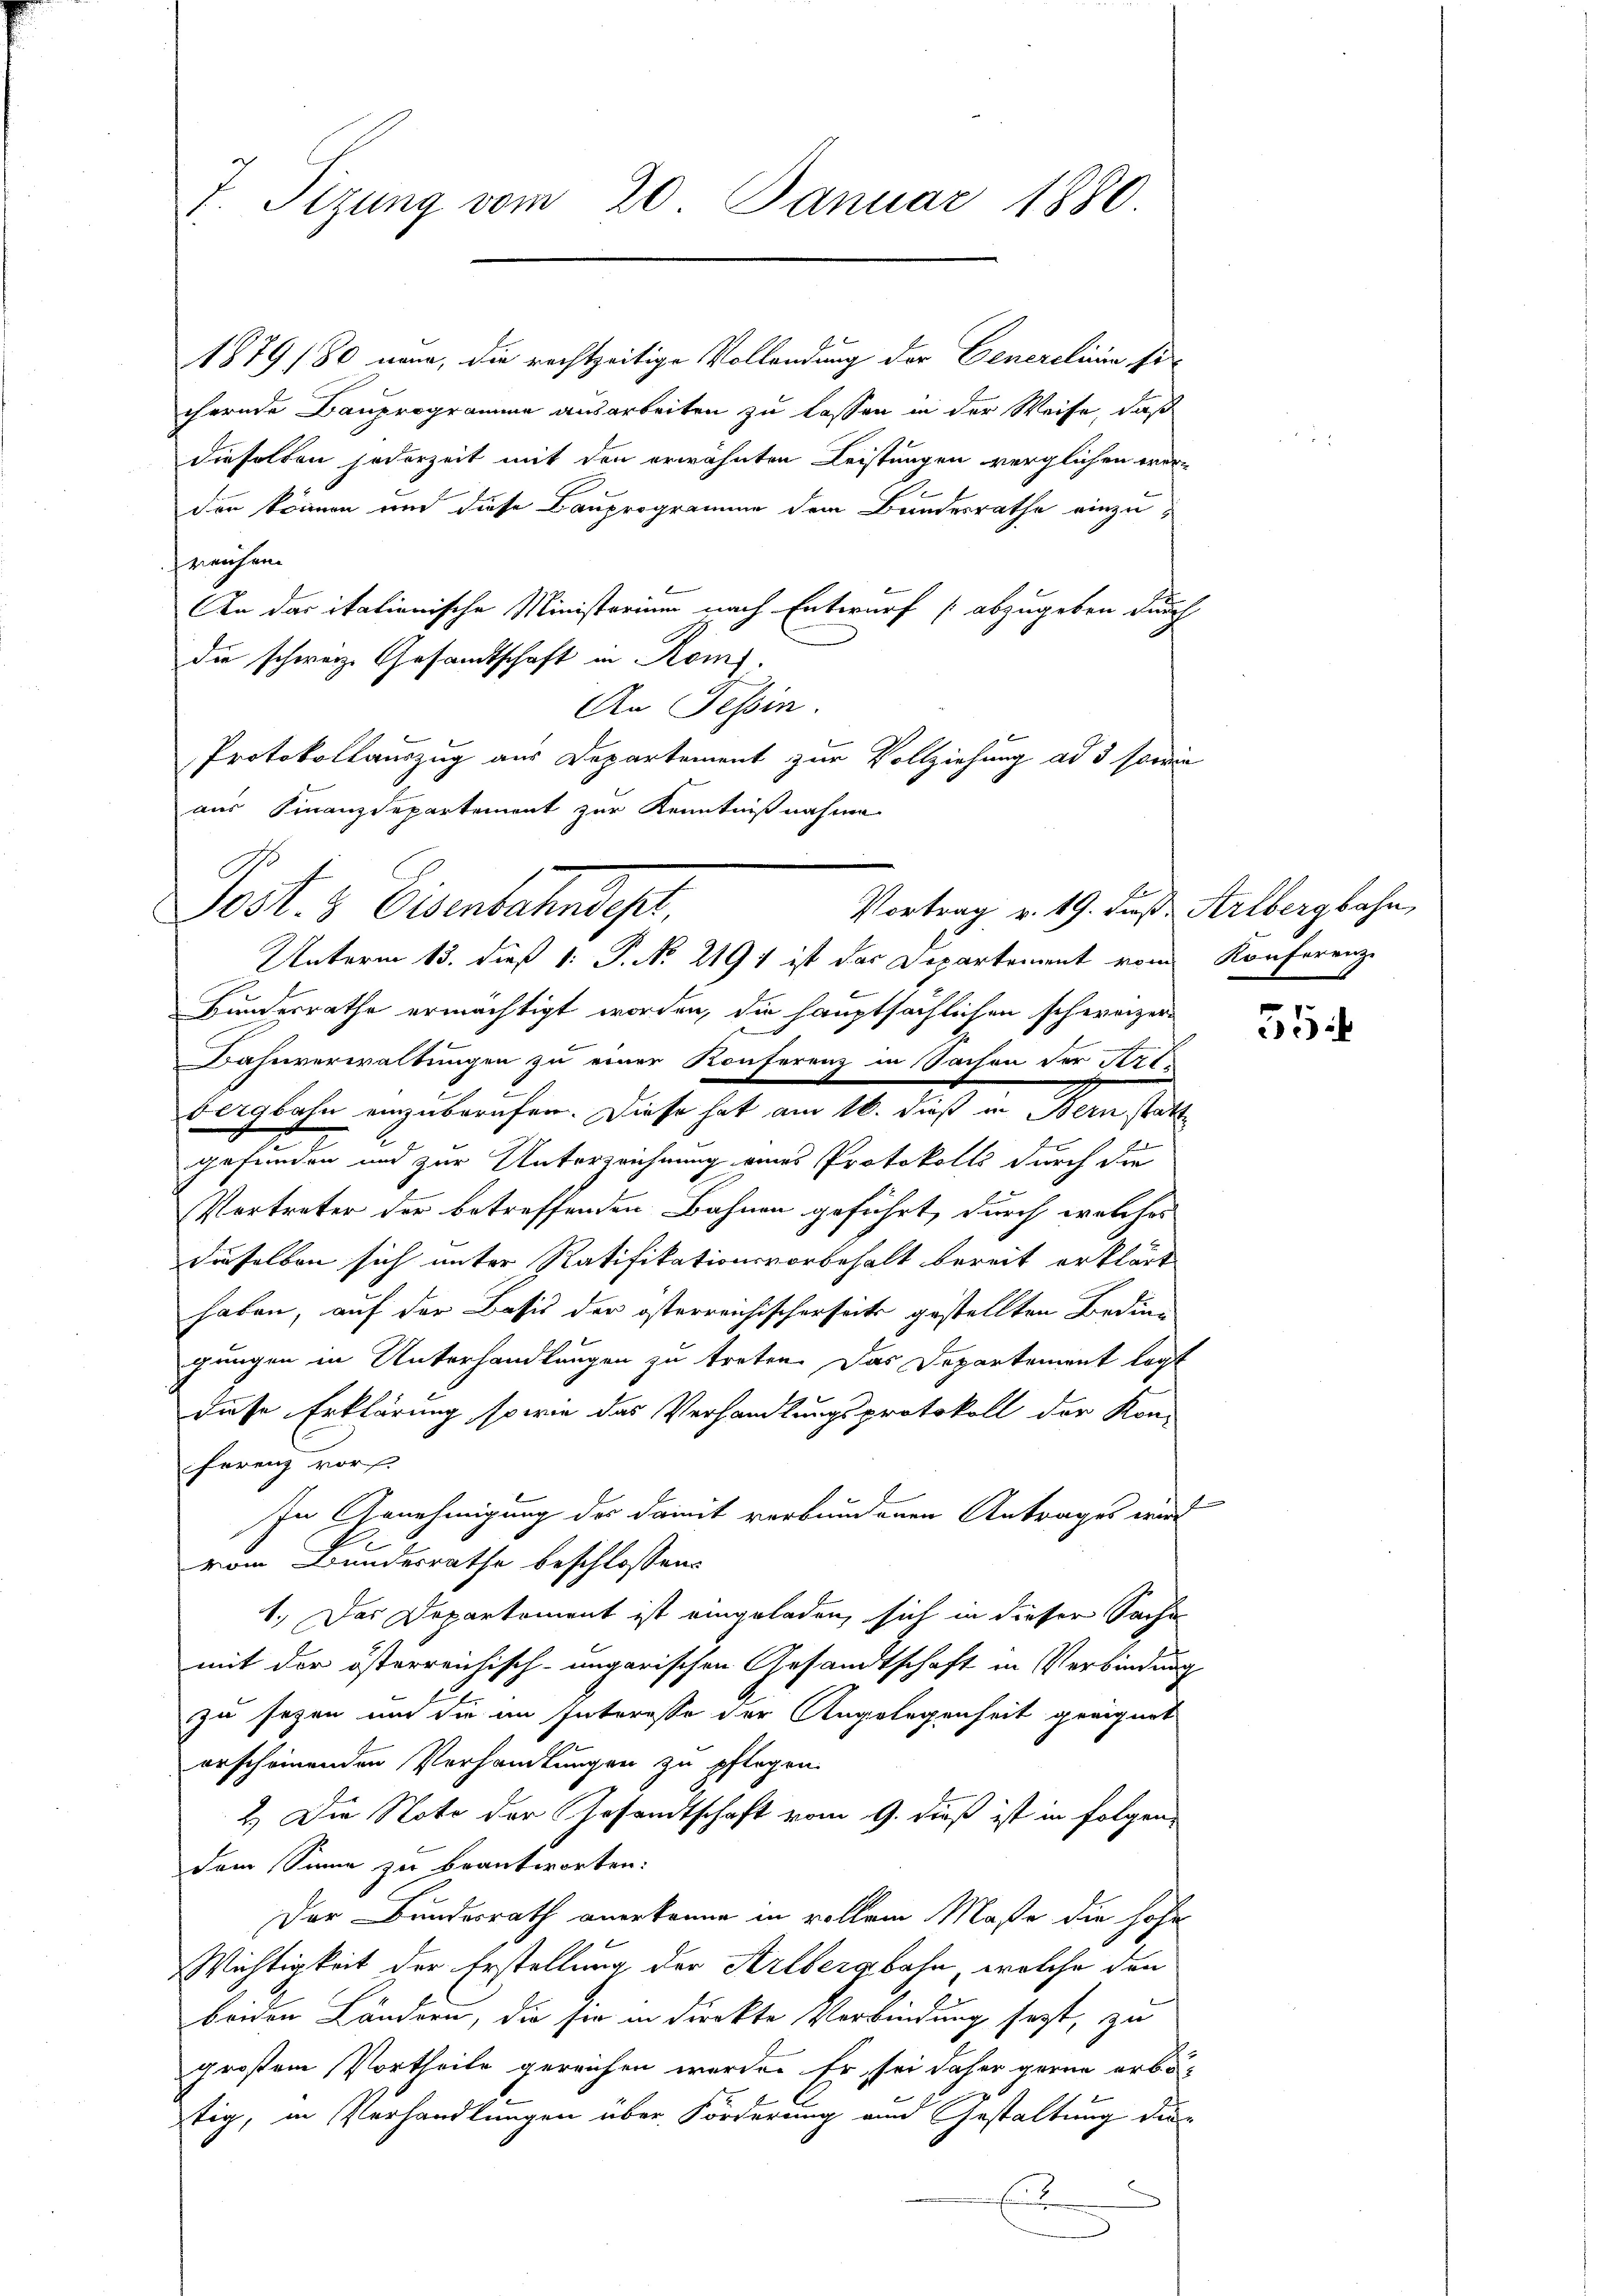
J. Sizung vom 20. Januar 1880

1879/80 neue, die rechtzeitige Vollendung der Generelinie si
chernde Bauprogramme ausarbeiten zu lassen in der Weise, daß
dieselben jederzeit mit den erwähnten Leistungen verglichen werden können und diese Bauprogramme dem Bundesrathe einzumeuchen
An das itationische Ministerium nach Entwurf [abzugeben durch
die schwarze Gesandtschaft in Rom.
An Tessin.
Protokollauszug aus Departement zur Vollziehung ad 3 sowie
aus Finanzdepartement zur Kenntnißnahme

Vortrag v. 19. Fuß Arlbergbahn
Post. Eisenbahnschl
Unterm 13. dieß 1: P. No. 2197 ist das Departement vom Konferenz

E
Bundesrathe ermächtigt worden, die hauptsächlichen schweizer-
Bahnverwaltungen zu einer Konferenz in Sachen der Krit-
bergbahn einzuberufen. Diese hat am 16. dieß in Bern statt
gefunden und zur Unterzeichnung eines Protokolls durch die
Vertreter der betreffenden Bahnen geführt, durch welches
dieselben sich unter Ratifikationsvorbehalt bereit erklärt
haben, auf der Basis der österreichischerseits gestellten Bedin-
gungen in Unterhandlungen zu treten. Das Departement legt
diese Erklärung sowie das Verhandlungsprotokoll der Kon-
ferenz vors
In Genehmigung der damit verbundenen Antrages wird
vom Bundesrathe beschlossens
1.) Das Departement ist eingeladen, sich in dieser Sachen
mit der österreichisch-ungarischen Gesandtschaft in Verbindung
zu sezen und die im Interesse der Angelegenheit geeignet
erscheinenden Verhandlungen zu pflegen.
2.) Die Note der Gesandtschaft vom 9. dieß ist in folgen-
dem Sinne zu beantworten:
Der Bundesrath anerkenne in vollem Maße die hohe
Wichtigkeit der Erstellung der Arlbergbahn, welche den
benen Ländern, die sie in direkte Verbindung sezt, zu
großen Vortheile gereichen werden Er sei daher gerne erbötig, in Verhandlungen über Förderung und Gestaltung die-
E

51